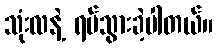
သုံးလနဲ့ ရပ်သွားခဲ့ပါတယ်။